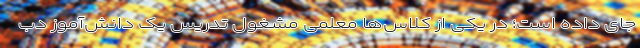
جای داده است؛ در یکی از کلاس‌ها معلمی مشغول تدریس یک دانش‌آموز دب